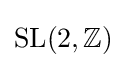
\mathrm {SL} (2,\mathbb {Z} )